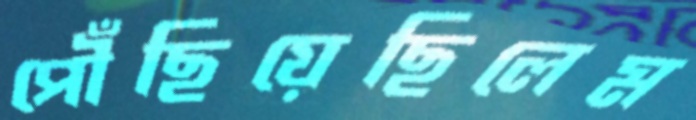
পৌঁছিয়েছিলেম